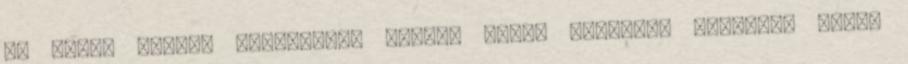
FC Basel svájci -Newcastle United angol Borussia Dortmund német